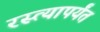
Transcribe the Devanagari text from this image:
रस्त्यापर्यंत